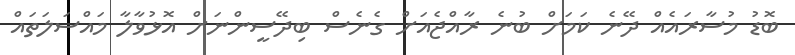
ބޮޑު މުސާރައެއް ދޭނެ ކަމަށް ބުނެ ރާއްޖެއަށް ގެނެސް ބިދޭސީންނަށް އޮޅުވާލާ މައްސަލަތައް